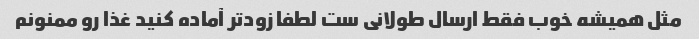
مثل همیشه خوب فقط ارسال طولانی ست لطفا زود‌تر آماده کنید غذا رو ممنونم